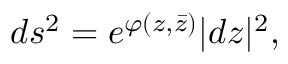
d s ^ { 2 } = e ^ { \varphi ( z , \bar { z } ) } | d z | ^ { 2 } ,